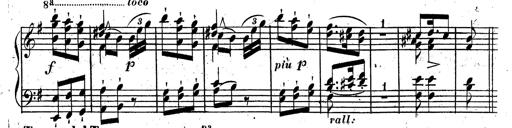
Title: Rondeau fantastique sur un thÃ¨me espagnol
Composer: Franz Liszt